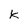
Character: k